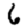
Digit: 6